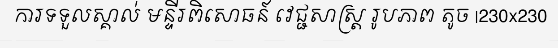
ការទទួលស្គាល់ មន្ទីរពិសោធន៍ វេជ្ជសាស្ត្រ រូបភាព តូច |230x230